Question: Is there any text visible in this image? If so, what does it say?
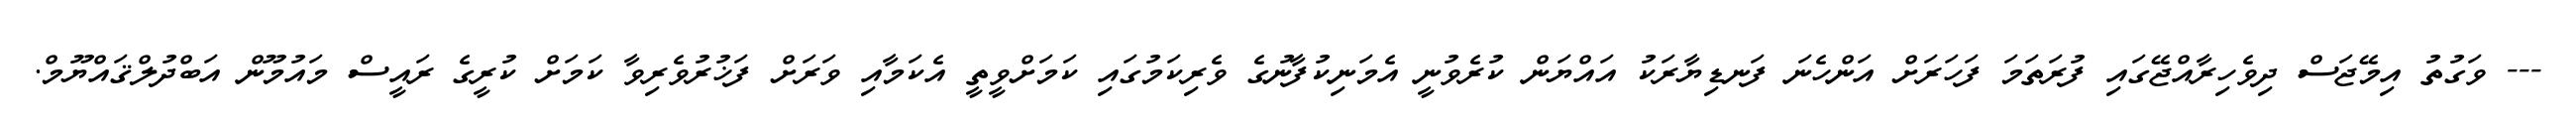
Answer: --- ވަގުތު އިމޭޖަސް ދިވެހިރާއްޖޭގައި ފުރަތަމަ ފަހަރަށް އަންހެނަ ފަނޑިޔާރަކު އައްޔަން ކުރެވުނީ އެމަނިކުފާނުގެ ވެރިކަމުގައި ކަމަށްވީތީ އެކަމާއި ވަރަށް ފަޚުރުވެރިވާ ކަމަށް ކުރީގެ ރައީސް މައުމޫން އަބްދުލްޤައްޔޫމް.